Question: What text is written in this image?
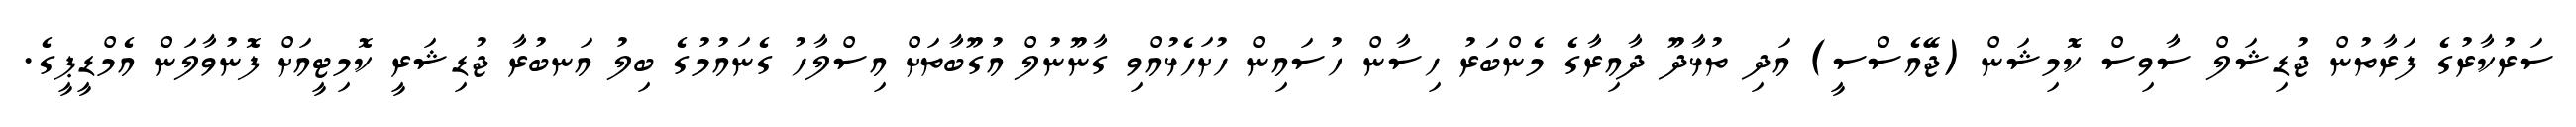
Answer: ސަރުކާރުގެ ފަރާތުން ޖުޑިޝަލް ސާވިސް ކޮމިޝަން (ޖޭއެސްސީ) އަދި ތުޅާދޫ ދާއިރާގެ މެންބަރު ހިސާން ހުސައިން ހުށަހެޅުއްވި ގާނޫނުލް އުގޫބާތަށް އިސްލާހު ގެނައުމުގެ ބިލު އަނބުރާ ޖުޑިޝަރީ ކޮމިޓީއަށް ފޮނުވާލަން އެމްޑީޕީގެ.